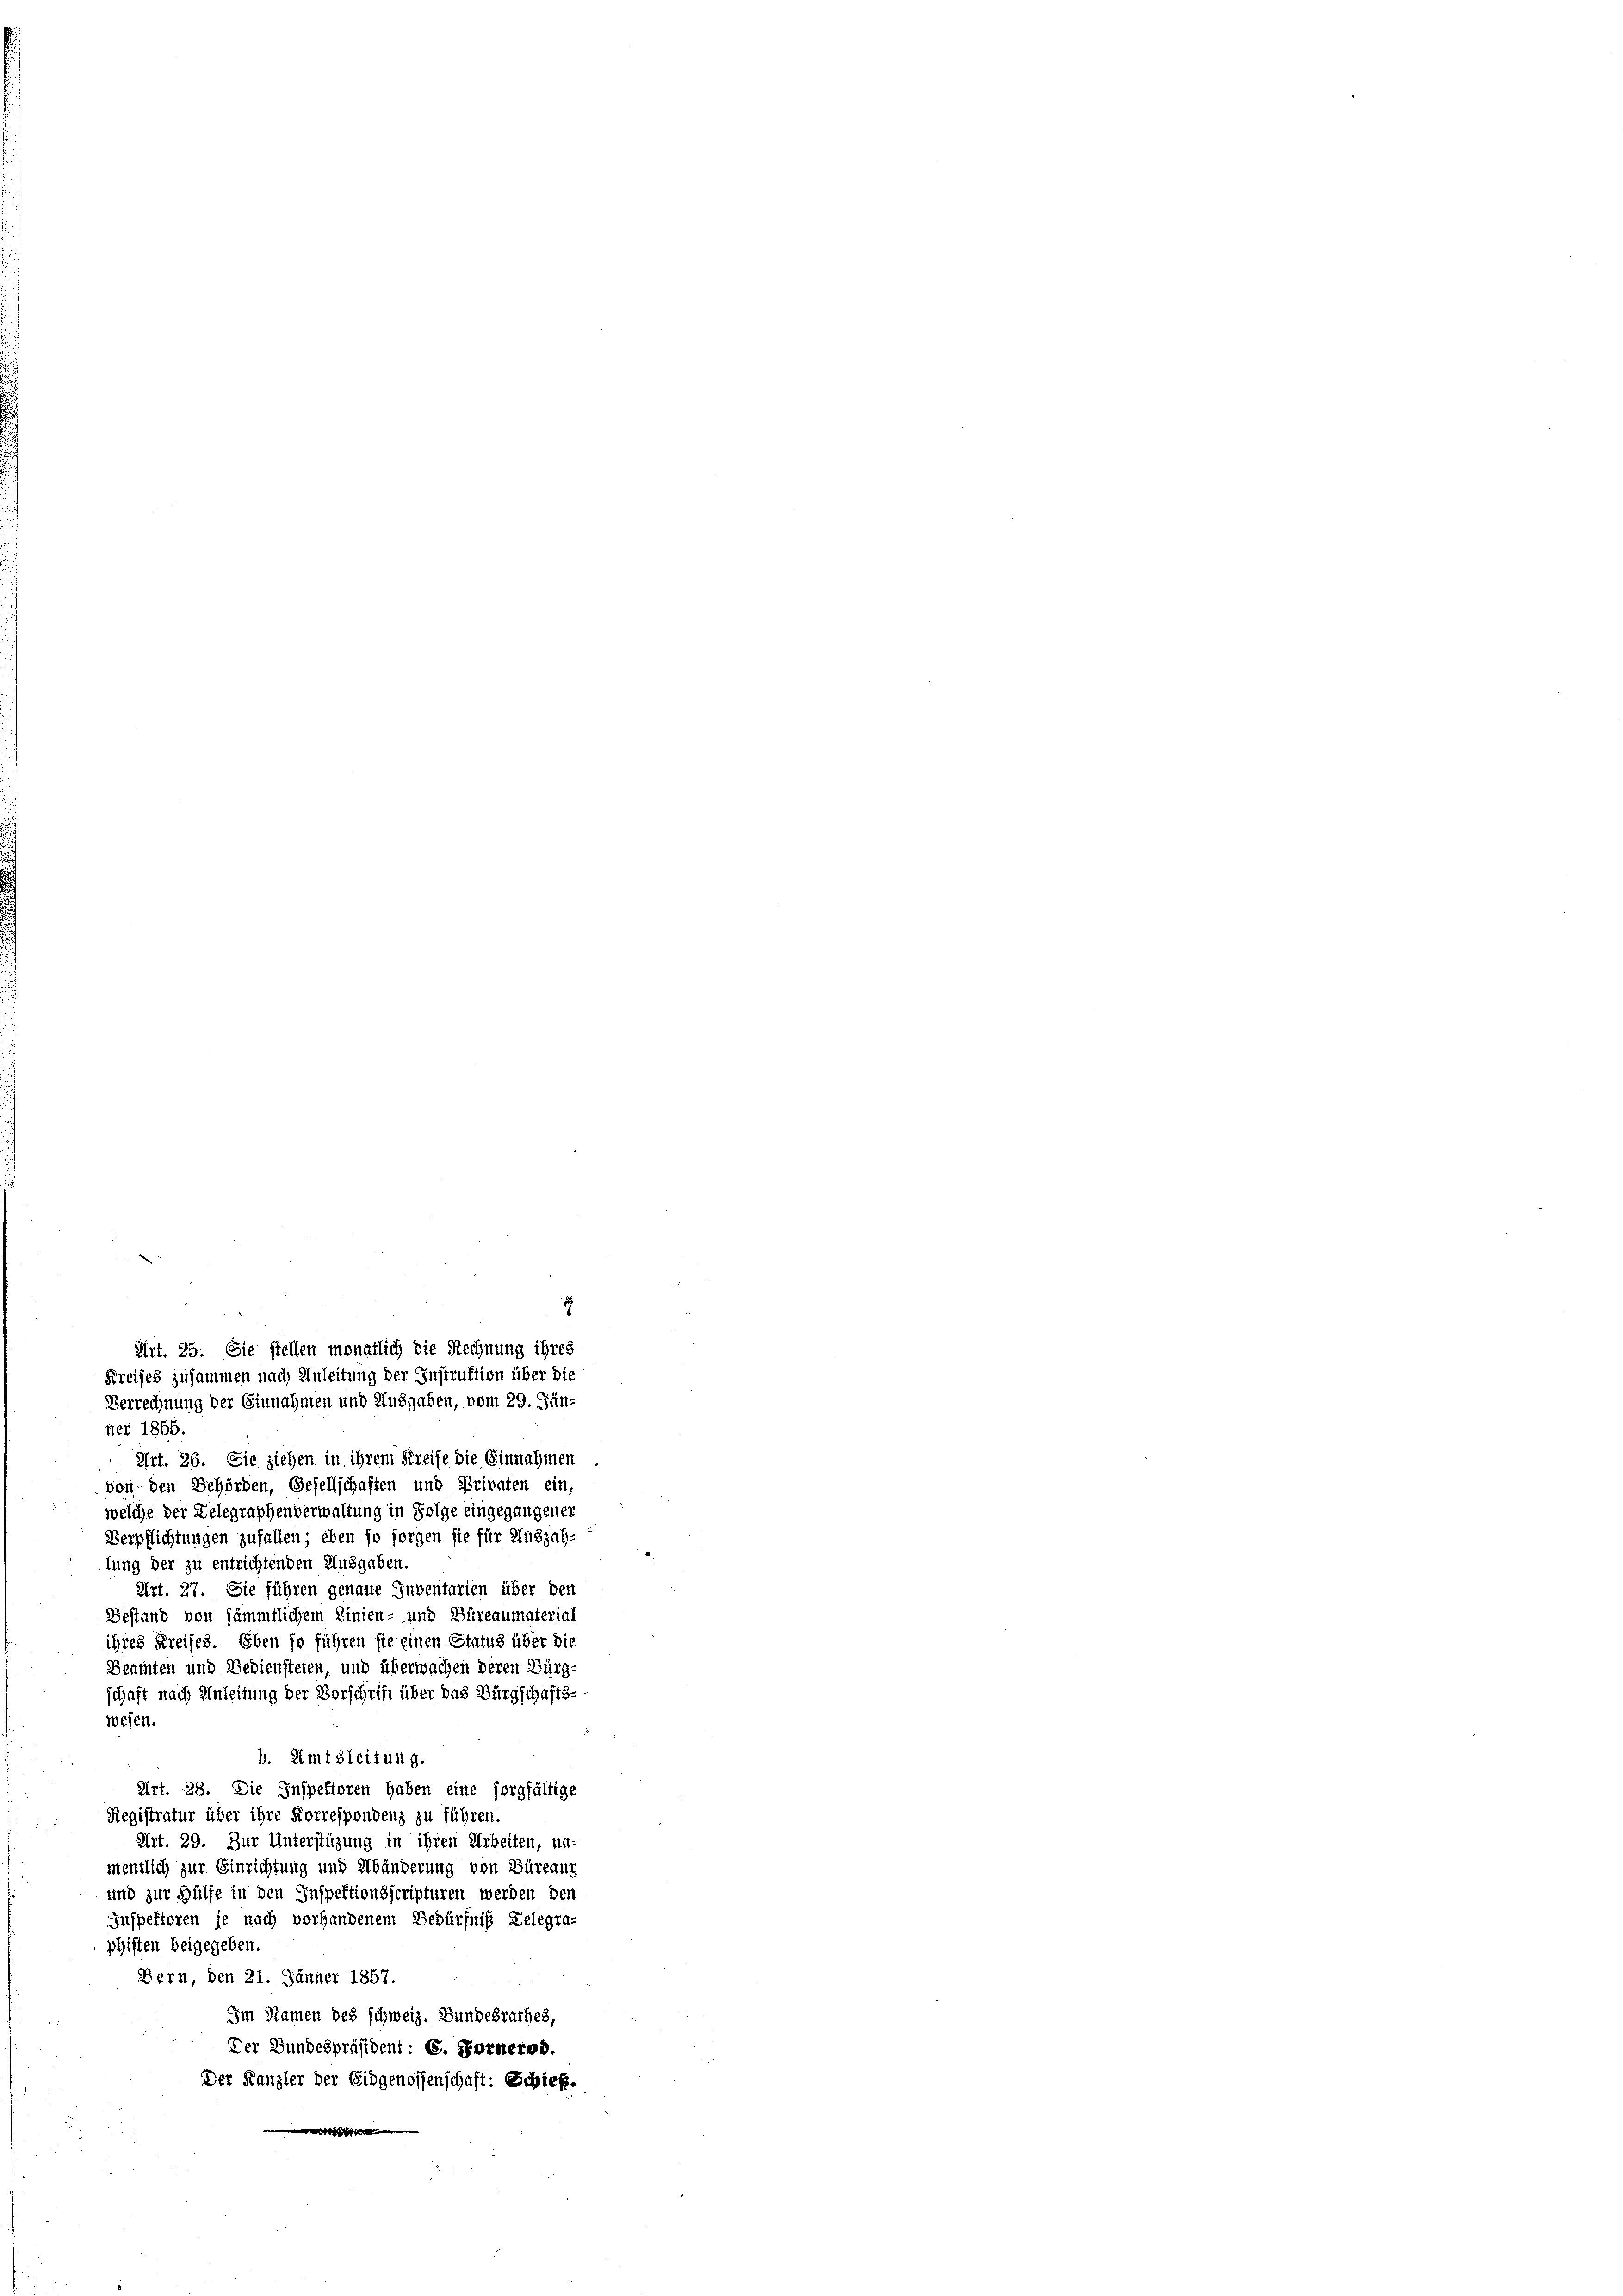
ner 1855.
Art. 26. Sie ziehen in ihrem Kreise die Einnahmen
von den Behörden, Gesellschaften und Privaten ein,
welche der Gelegraphenverwaltung in Folge eingegangener
Verpflichtungen zufallen; eben so sorgen sie für Auszah-
lung der zu entrichtenden Ausgaben.
Art. 27. Sie führen genaue Inventarien über den
Gestand von sämmtlichem Linien- und Büreaumaterial
ihres Kreises. Eben so führen sie einen Status über die
Beamten und Bediensteten, und überwachen deren Bürg-
schaft nach Anleitung der Vorschrift über das Bürgschafts-
wesen.
b. Amtleitung.
Art. 28. Die Inspektoren haben eine sorgfältige
Registratur über ihre Korrespondenz zu führen.
Art. 29. Zur Unterstüzung in ihren Arbeiten, na-
mentlich zur Einrichtung und Abänderung von Büreaus
und zur Hülfe in den Inspektionsscripturen werden den
Inspektoren je nach vorhandenem Bedürfniß Gelegra-
phisten beigegeben.
Bern, den 21. Jänner 1857.
Im Namen des schweiz. Bundesrathes,
Der Bundespräsident: C. Forneres.
Der Kanzler der Eidgenossenschaft: Schieß.
i

1
Art. 25. Sie stellen monatlich die Rechnung ihres
Kreises zusammen nach Anleitung der Instruktion über die
Verrechnung der Einnahmen und Ausgaben, vom 29. Jun-